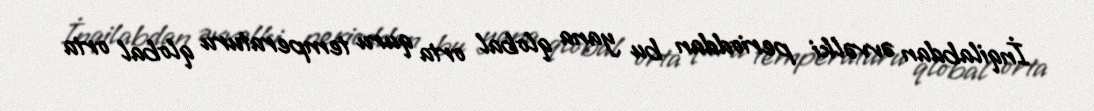
İnqilabdan əvvəlki perioddan bu yana qlobal orta quru temperaturu qlobal orta